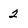
Character: 2